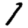
Digit: 1